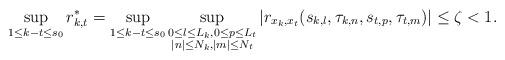
LaTeX: \begin{align*}\sup_{1\leq k-t\leq s_0}r^*_{k,t}=\sup_{1\leq k-t\leq s_0}\sup_{\substack{0\le l\le L_k,0\le p\le L_t\\|n|\le N_k,|m|\le N_t}}|r_{x_k,x_t}(s_{k,l},\tau_{k,n},s_{t,p},\tau_{t,m})|\le\zeta<1.\end{align*}